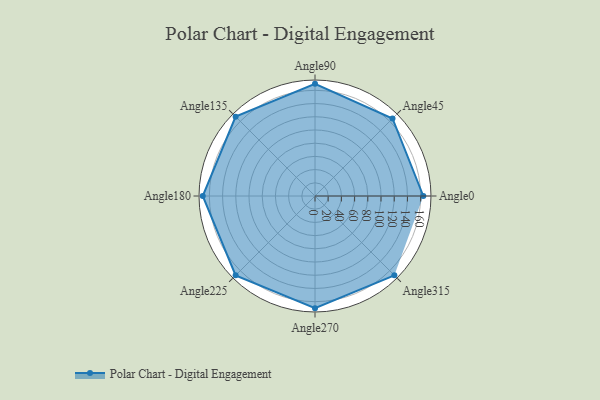
{"axis": {"x": "Angle", "y": "Radius"}, "legend": [""], "data": [{"x": "Angle0", "y": 164.0, "type": ""}, {"x": "Angle45", "y": 166.0, "type": ""}, {"x": "Angle90", "y": 170, "type": ""}, {"x": "Angle135", "y": 170, "type": ""}, {"x": "Angle180", "y": 170, "type": ""}, {"x": "Angle225", "y": 170, "type": ""}, {"x": "Angle270", "y": 170, "type": ""}, {"x": "Angle315", "y": 170, "type": ""}]}